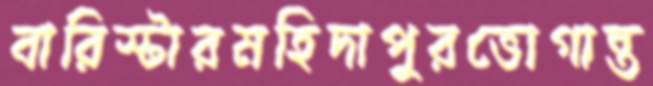
বারিস্টারমহিদাপুরভোগান্ত